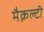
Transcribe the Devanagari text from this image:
मैक्नल्टी